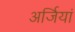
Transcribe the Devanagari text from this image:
अर्जियां